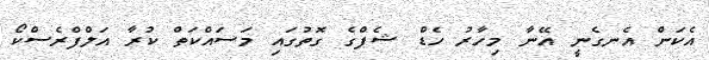
އެކަން އެނގެނީ އޭނާ މިހާރު ހެޑް ޝެފްގެ ގޮތުގައި މަސައްކަތް ކުރާ އަލްފްރެސްކޯ